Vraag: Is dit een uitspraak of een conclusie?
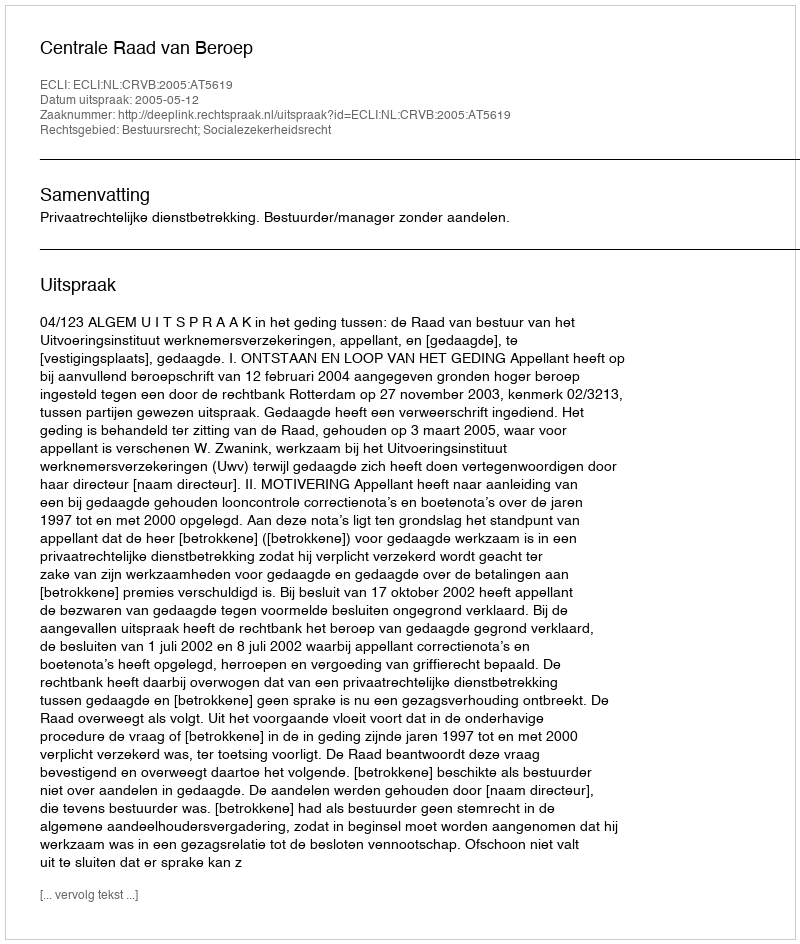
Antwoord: Uitspraak